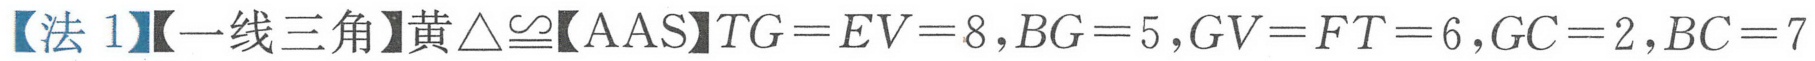
【法1】【一线三角】黄\(\triangle\cong\)【AAS】\(TG = EV = 8\)，\(BG = 5\)，\(GV = FT = 6\)，\(GC = 2\)，\(BC = 7\)